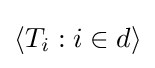
\langle T_{i}:i\in d\rangle